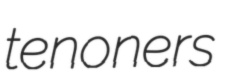
tenoners